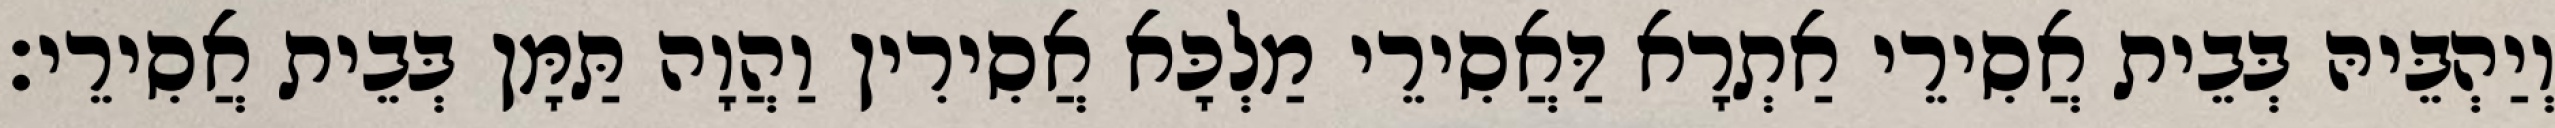
וְיַהְבֵּיהּ בְּבֵית אֲסִירֵי אַתְרָא דַּאֲסִירֵי מַלְכָּא אֲסִירִין וַהֲוָה תַּמָּן בְּבֵית אֲסִירֵי׃